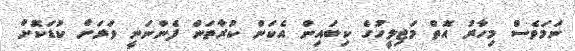
ނަމަވެސް މިހާރު އޮތް މަޖިލީހުގެ ކިބައިން އެކަން ކުރާތަން ފެންނަނީ ވަރަށް ކުޑަކޮށް